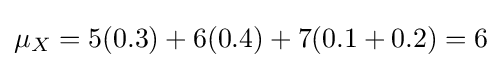
\mu _{X}=5(0.3)+6(0.4)+7(0.1+0.2)=6